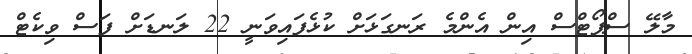
މާލޭ ސްޕޯޓްސް އިން އެންމެ ރަނގަޅަށް ކުޅެފައިވަނީ 22 ލަނޑަށް ފަސް ވިކެޓް